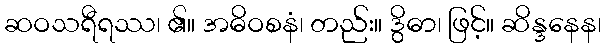
ဆဝသရီရဿ၊ ၏။ အဓိဝစနံ၊ တည်း။ ဒွိဓာ၊ ဖြင့်။ ဆိန္ဒနေန၊